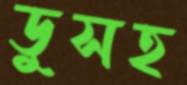
ডুসহ